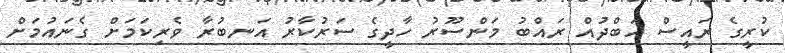
ކުރީގެ ރައީސް އަބްދުއް ރައްބު މަންސޫރު ހާދީގެ ސަރުކާރު އަނބުރާ ވެރިކަމަށް ގެނައުމަށް